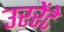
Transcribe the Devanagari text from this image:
उररेंटे